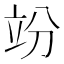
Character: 竕